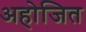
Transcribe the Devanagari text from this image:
अहोजित